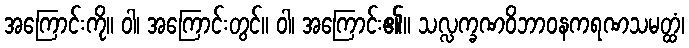
အကြောင်းကို။ ဝါ၊ အကြောင်းတွင်။ ဝါ၊ အကြောင်း၏။ သလ္လက္ခဏဝိဘာဝနကရဏသမတ္ထံ၊